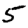
Digit: 5